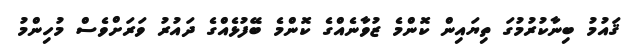
ޤައުމު ބިނާކުރުމުގަ ތިޔައިން ކޮންމެ ޒުވާނެއްގެ ކޮންމެ ބޭފުޅެއްގެ ދައުރު ވަރަށްވެސް މުހިންމު